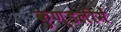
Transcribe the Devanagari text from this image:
कुण्डलीमें